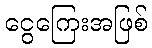
ငွေကြေးအဖြစ်